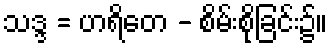
သဒ္ဒ = ဟရိတေ - စိမ်းစိုခြင်း၌။